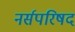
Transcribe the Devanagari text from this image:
नर्सपरिषद